Annual report of the Punjab Veterinary College and of the Civil Veterinary Department, Punjab - 1909-1919
Year: 1909
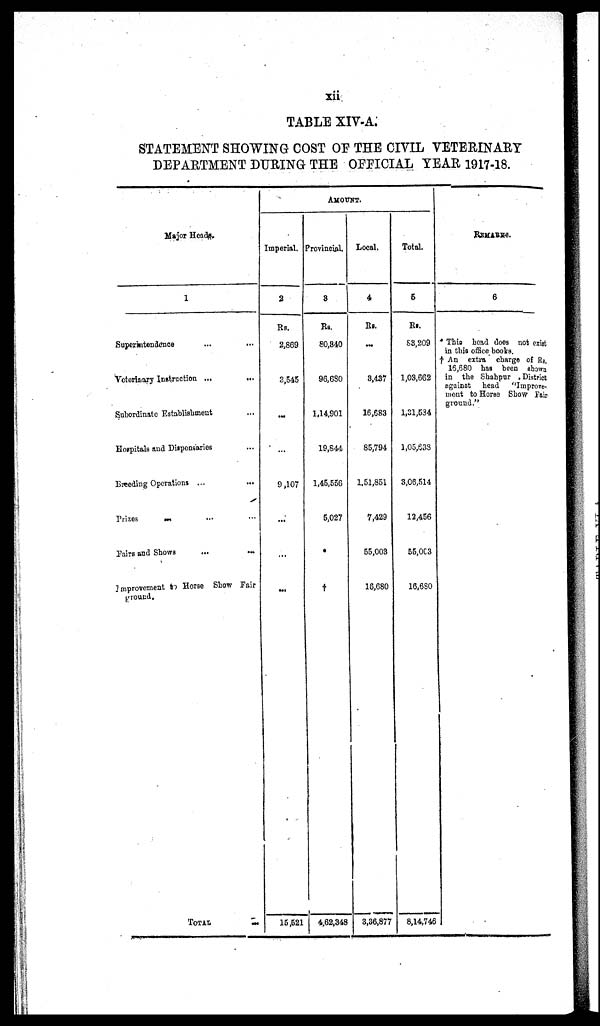
xii
TABLE XIV-A.
STATEMENT SHOWING COST OF THE CIVIL VETERINARY
DEPARTMENT DURING THE OFFICIAL YEAR 1917-18.
Major Heads.
1
Superintendence
...
...
Veterinary Instruction ...
...
Subordinate Establishment ...
Hospitals and Dispensaries ...
Breeding Operations ...
...
Prizes
...
...
...
Fairs and Shows
...
...
Improvement to Horse Show Pair
ground.
TOTAL
...
AMOUNT.
Imperial.
2
Rs.
2,869
3,545
...
...
9,107
...
...
...
15,521
Provincial.
3
Rs.
80,340
96,680
1,14,901
19,844
1,45,556
5,027
*
†
4,62,348
Local.
4
Rs.
...
3,437
16,683
85,794
1.51,851
7,429
55,003
16,680
3,36,877
Total.
5
Rs.
88,209
1,03,662
1,31,534
1,05,638
3,06,514
12,456
55,003
16,680
8,14,746
REMARKS.
6
* This head does not exist
in this office books.
† An extra charge of Rs.
16,680 has been shown
in the Shahpur District
against head
"Improve-
ment to Horse Show Fair
ground."